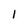
Character: I